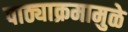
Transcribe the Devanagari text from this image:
पाठ्याक्रमामुळे